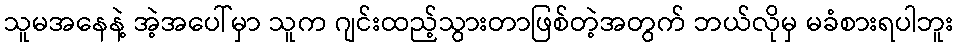
သူမအနေနဲ့ အဲ့အပေါ်မှာ သူက ဂျင်းထည့်သွားတာဖြစ်တဲ့အတွက် ဘယ်လိုမှ မခံစားရပါဘူး